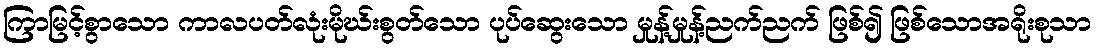
ကြာမြင့်စွာသော ကာလပတ်လုံးမိုဃ်းစွတ်သော ပုပ်ဆွေးသော မှုန့်မှုန့်ညက်ညက် ဖြစ်၍ ဖြစ်သောအရိုးစုသာ